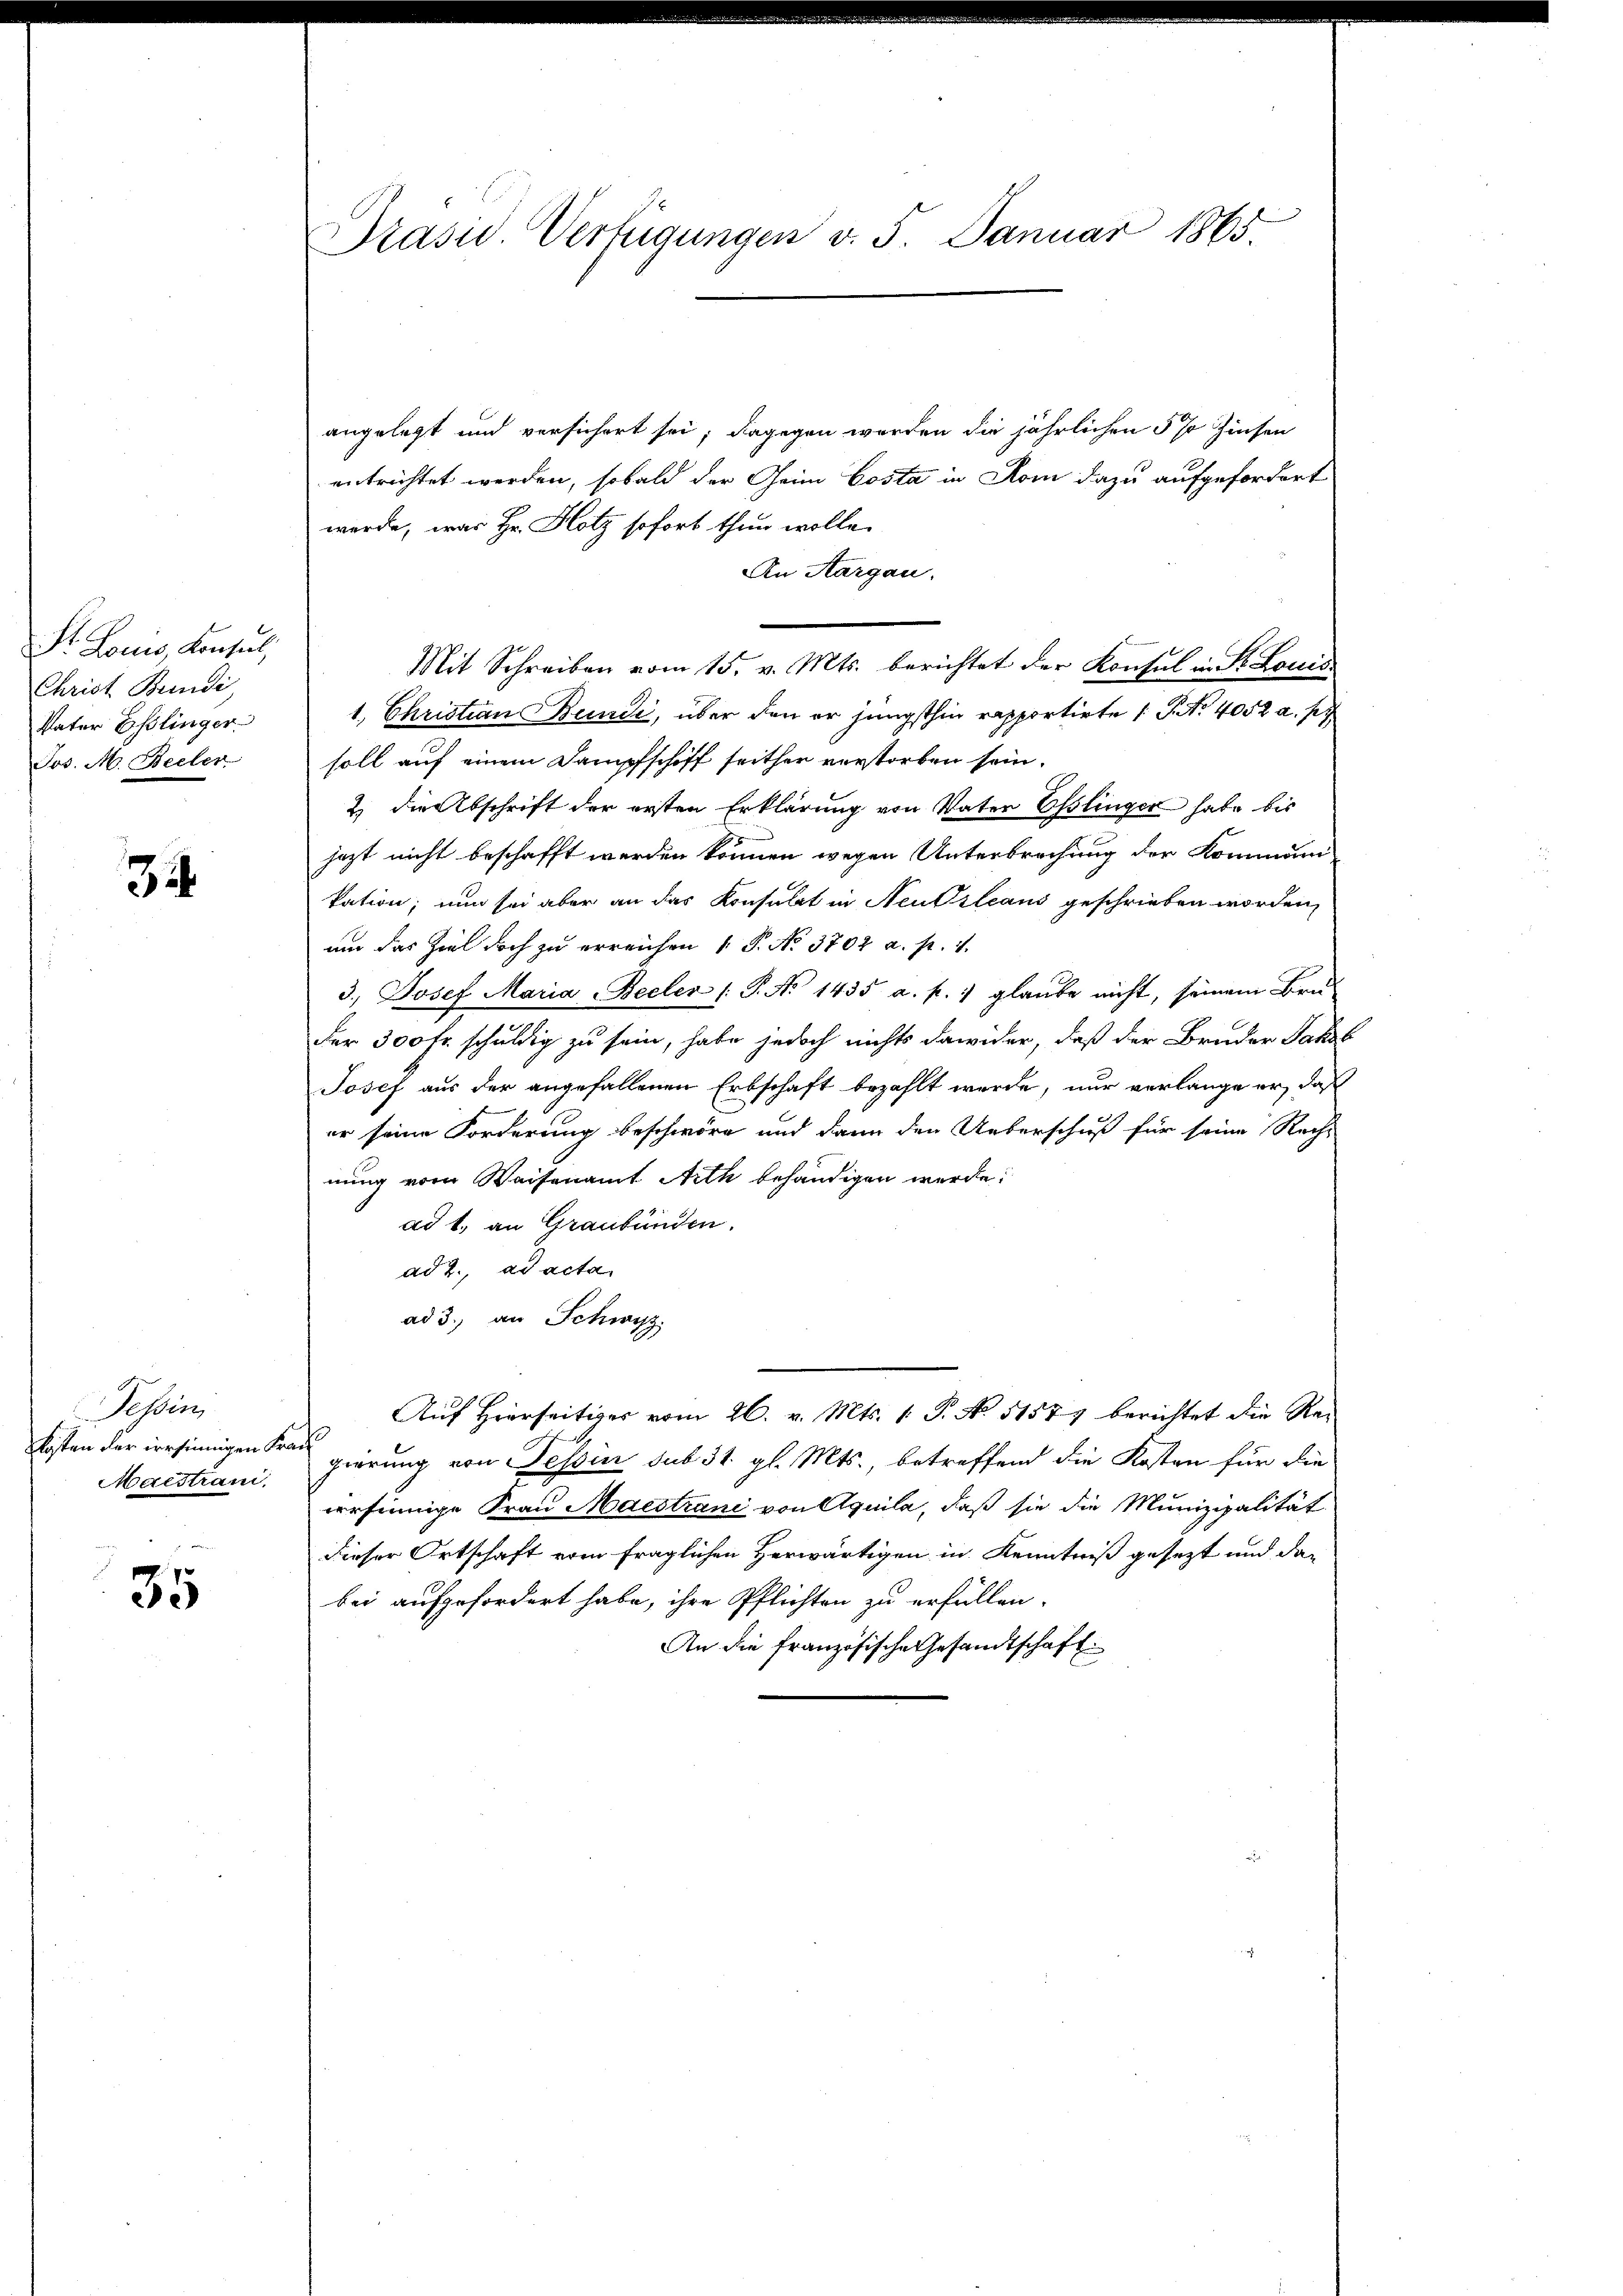
Dr. Louis Konsul,
Christ Bundi,
Vater Esslinger
Jos. M. Becler

32.

Tessini
Maistrani.

35

Prasis. Verfügungen v. 5. Januar 1865.

angelegt und versichert sei; dagegen werden die jährlichen 5 % Zinsen
entrichtet werden, sobald der Heim Costa in Rom dazu aufgefordert
werde, was Hr. Hotz sofort thun wolle.
An Aargau.
Mit Schreiben vom 15. v. Mts. berichtet der Konsul in St. Louis
1. Christian Bunde, über den er jüngsthin rapportirte 1 S. Nr. 4052 a. p.
soll auf einem Dampfschiff seither verstorben sein.
2. die Abschrift der ersten Erklärung von Vater Esslinger habe bis
jezt nicht beschafft werden können wegen Unterbrechung der Kommun
kation; nun sei aber an das Konsulat in Neusleaus geschrieben worden,
und das Ziel doch zu erreichen 1. P. No. 3702 a. p. 1.
3., Josef Maria Beeler (: P. No 1435 a. p. 1 glaube nicht, seinem Bru-
der 300 fr. schuldig zu sein, habe jedoch nichts dawider, daß der Bruder Jakob
Josef aus der angefallenen Erbschaft bezahlt werde, nur verlange er, daß
er seine Forderung beschwöre und dann den Ueberschuß für seine Recht
nung vom Waisenamt Arth behändigen werde.
ad 1., an Graubünden.
ad 2., ad acta
ad 3.) an Schwyz
Auf Hierseitiger vom 26. v. Mts. 1. P. No. 51571 berichtet die Rekosten der irrsinnigen Frau gierung von Tessin sub 31. gl. Mts., betreffend die Kosten für die
versinnige Frau Maestrani von Aquila, daß sie die Munizipalität
dieser Ortschaft vom fraglichen Herwärtigen in Kenntniß gesezt und dabei aufgefordert habe, ihre Pflichten zu erfüllen.
An die französische Gesandtschaft